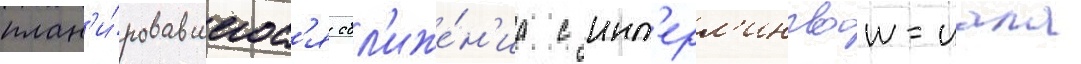
план'и́ровавшегос'я сбл'иже́н'иа с инт'ерл'ингвои-иала